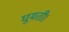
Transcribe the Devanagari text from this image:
घूमती।